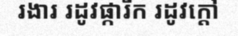
រងារ រដូវផ្ការីក រដូវក្តៅ